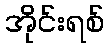
အိုင်းရစ်